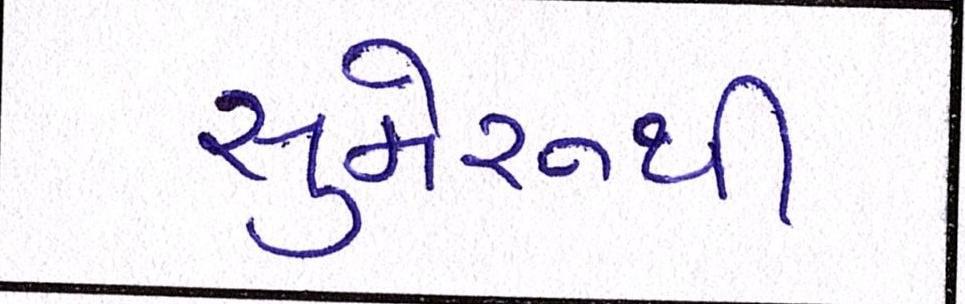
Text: સુમેરૂથી